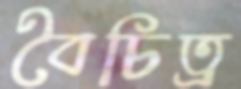
বৈচিত্র